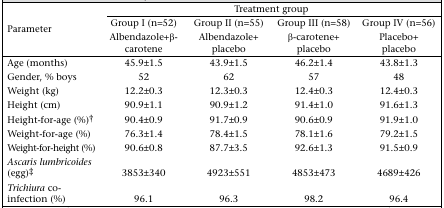
<table><thead><tr><td rowspan="3"><b>Parameter</b></td><td colspan="4"><b>Treatment group</b></td></tr><tr><td><b>Group I (n=52)</b></td><td><b>Group II (n=55)</b></td><td><b>Group III (n=58)</b></td><td><b>Group IV (n=56)</b></td></tr><tr><td><b>Albendazole+β-carotene</b></td><td><b>Albendazole+ placebo</b></td><td><b>β-carotene+ placebo</b></td><td><b>Placebo+ placebo</b></td></tr></thead><tbody><tr><td>Age (months)</td><td>45.9±1.5</td><td>43.9±1.5</td><td>46.2±1.4</td><td>43.8±1.3</td></tr><tr><td>Gender, % boys</td><td>52</td><td>62</td><td>57</td><td>48</td></tr><tr><td>Weight (kg)</td><td>12.2±0.3</td><td>12.3±0.3</td><td>12.4±0.3</td><td>12.4±0.3</td></tr><tr><td>Height (cm)</td><td>90.9±1.1</td><td>90.9±1.2</td><td>91.4±1.0</td><td>91.6±1.3</td></tr><tr><td>Height-for-age (%)†</td><td>90.4±0.9</td><td>91.7±0.9</td><td>90.6±0.9</td><td>91.9±1.0</td></tr><tr><td>Weight-for-age (%)</td><td>76.3±1.4</td><td>78.4±1.5</td><td>78.1±1.6</td><td>79.2±1.5</td></tr><tr><td>Weight-for-height (%)</td><td>90.6±0.8</td><td>87.7±3.5</td><td>92.6±1.3</td><td>91.5±0.9</td></tr><tr><td><i>Ascaris lumbricoides</i> (egg)‡</td><td>3853±340</td><td>4923±551</td><td>4853±473</td><td>4689±426</td></tr><tr><td><i>Trichiura</i> co-infection (%)</td><td>96.1</td><td>96.3</td><td>98.2</td><td>96.4</td></tr></tbody></table>